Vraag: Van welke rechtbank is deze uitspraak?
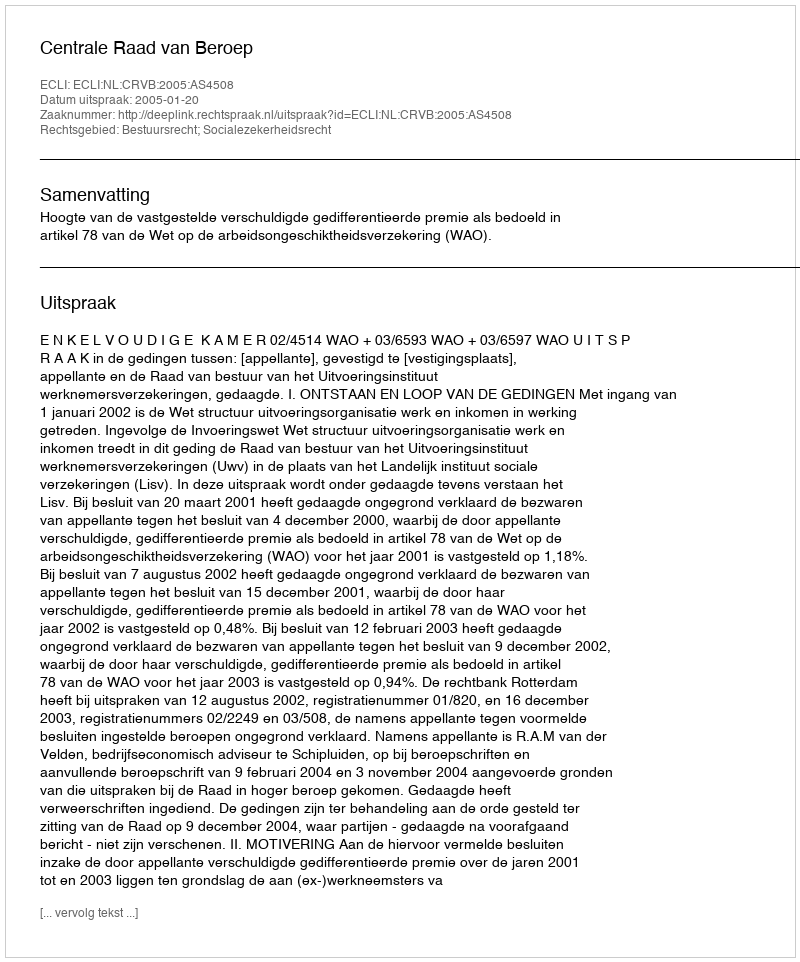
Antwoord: Centrale Raad van Beroep